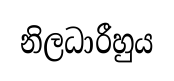
නිලධාරීහුය